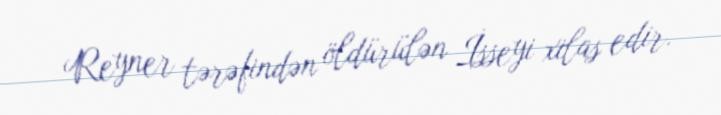
Reyner tərəfindən öldürülən İsseyi xilas edir.